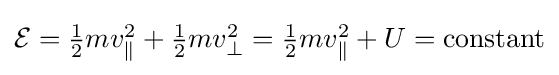
{\textstyle {\mathcal {E}}={\frac {1}{2}}mv_{\parallel }^{2}+{\frac {1}{2}}mv_{\perp }^{2}={\frac {1}{2}}mv_{\parallel }^{2}+U={\text{constant}}}